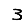
Digit: 3